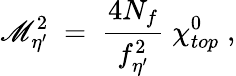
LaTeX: \mathscr{M}_{\eta^{\prime}}^{2}\; =\; \frac{{4N_{f}}}{{f_{\eta^{\prime}}^{2}}}\; \chi_{top}^{0}\; ,